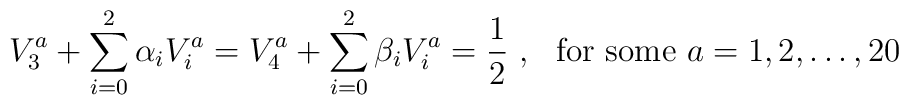
V^a_3 + \sum_{i=0}^{2} \alpha_i V^a_i = V^a_4 + \sum_{i=0}^2 \beta_i V^a_i = {1 \over 2}~,~~{\mbox{for some}}~ a=1,2,\dots,20